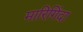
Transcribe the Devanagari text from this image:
मारिगिंदा